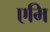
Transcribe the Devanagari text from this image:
एमि